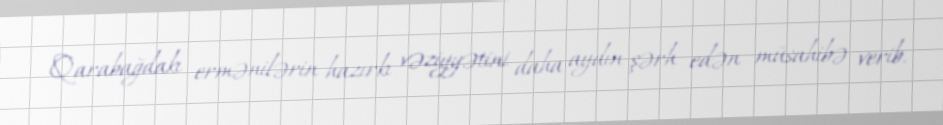
Qarabağdakı ermənilərin hazırkı vəziyyətini daha aydın şərh edən müsahibə verib.